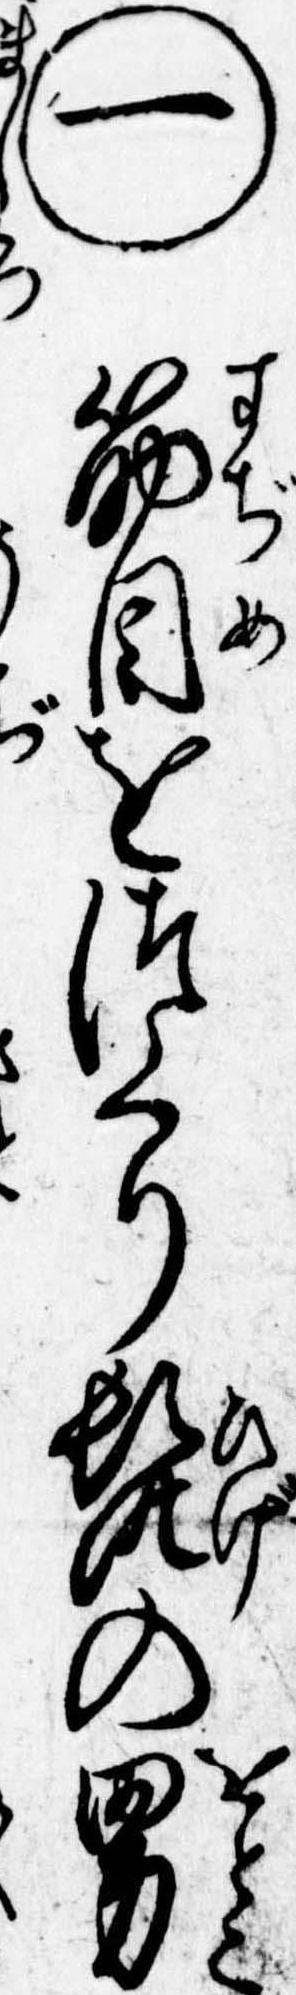
㊀筋目をつくり髭の男